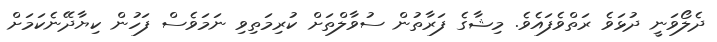
ދެލޯވަނީ ދުޅަވެ ރަތްވެފައެވެ. މިޝާގެ ފަރާތުން ސުވާލްތަށް ކުރިމަތިވި ނަމަވެސް ފަހުން ކިޔާދޭނެކަމަށް